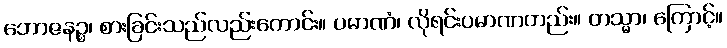
ဘောဇနဉ္စ၊ စားခြင်းသည်လည်းကောင်း။ ပမာဏံ၊ လိုရင်းပမာဏတည်း။ တသ္မာ၊ ကြောင့်။